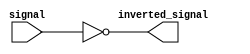
module InvertingBuffer (
    input signal,
    output inverted_signal
);

assign inverted_signal = ~signal;

endmodule